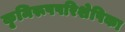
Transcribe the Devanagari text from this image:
कृमिरूपपरिशेषिका